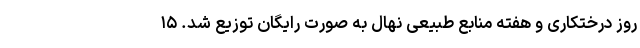
روز درختکاری و هفته منابع طبیعی نهال به صورت رایگان توزیع شد. ۱۵